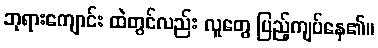
ဘုရားကျောင်း ထဲတွင်လည်း လူတွေ ပြည့်ကျပ်နေ၏။